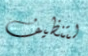
لتنظيف